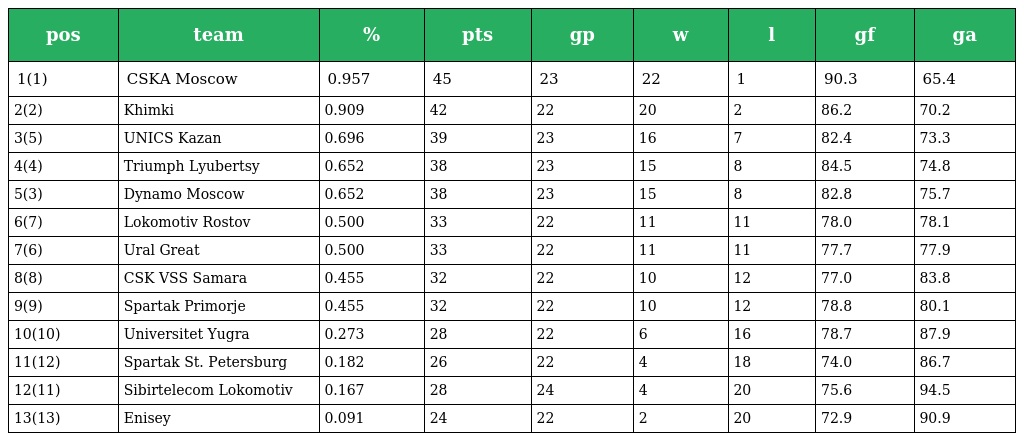
| pos | team | % | pts | gp | w | l | gf | ga |
 | --- | --- | --- | --- | --- | --- | --- | --- | --- |
 | 1(1) | CSKA Moscow | 0.957 | 45 | 23 | 22 | 1 | 90.3 | 65.4 |
 | 2(2) | Khimki | 0.909 | 42 | 22 | 20 | 2 | 86.2 | 70.2 |
 | 3(5) | UNICS Kazan | 0.696 | 39 | 23 | 16 | 7 | 82.4 | 73.3 |
 | 4(4) | Triumph Lyubertsy | 0.652 | 38 | 23 | 15 | 8 | 84.5 | 74.8 |
 | 5(3) | Dynamo Moscow | 0.652 | 38 | 23 | 15 | 8 | 82.8 | 75.7 |
 | 6(7) | Lokomotiv Rostov | 0.500 | 33 | 22 | 11 | 11 | 78.0 | 78.1 |
 | 7(6) | Ural Great | 0.500 | 33 | 22 | 11 | 11 | 77.7 | 77.9 |
 | 8(8) | CSK VSS Samara | 0.455 | 32 | 22 | 10 | 12 | 77.0 | 83.8 |
 | 9(9) | Spartak Primorje | 0.455 | 32 | 22 | 10 | 12 | 78.8 | 80.1 |
 | 10(10) | Universitet Yugra | 0.273 | 28 | 22 | 6 | 16 | 78.7 | 87.9 |
 | 11(12) | Spartak St. Petersburg | 0.182 | 26 | 22 | 4 | 18 | 74.0 | 86.7 |
 | 12(11) | Sibirtelecom Lokomotiv | 0.167 | 28 | 24 | 4 | 20 | 75.6 | 94.5 |
 | 13(13) | Enisey | 0.091 | 24 | 22 | 2 | 20 | 72.9 | 90.9 |